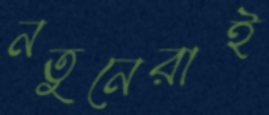
নতুনেরাই